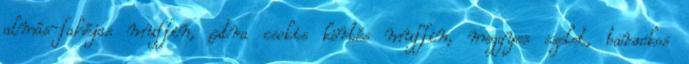
almás-fahéjas muffin, extra csokis körtés muffin, meggyes szelet, barackos